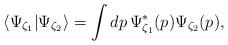
LaTeX: \begin{align*}\langle \Psi_{\zeta_1}|\Psi_{\zeta_2} \rangle=\int dp\,\Psi_{\zeta_1}^*(p)\Psi_{\zeta_2}(p),\end{align*}